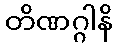
တိဏဂ္ဂါနိ